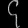
Digit: ၄